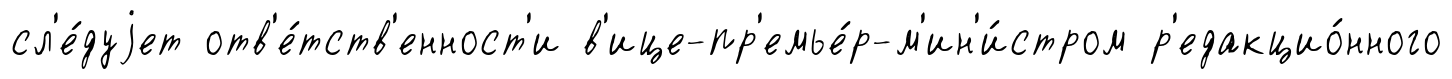
сл'е́дуjет отв'е́тств'енност'и в'ице-пр'емье́р-м'ин'и́стром р'едакцио́нного